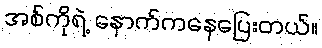
အစ်ကိုရဲ့ နောက်ကနေပြေးတယ်။